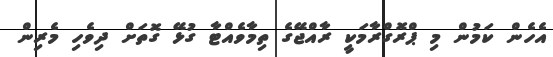
އެހެން ކަމުން މި ޕްރޮގްރާމަކީ ރާއްޖޭގެ ތިމާވެއްޓާ ގުޅޭ ގޮތަށް ދިވެހި މެރިން